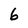
Character: 6